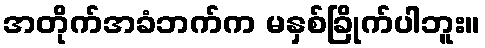
အတိုက်အခံဘက်က မနှစ်ခြိုက်ပါဘူး။